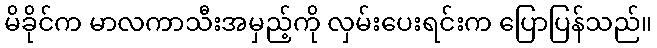
မိခိုင်က မာလကာသီးအမှည့်ကို လှမ်းပေးရင်းက ပြောပြန်သည်။